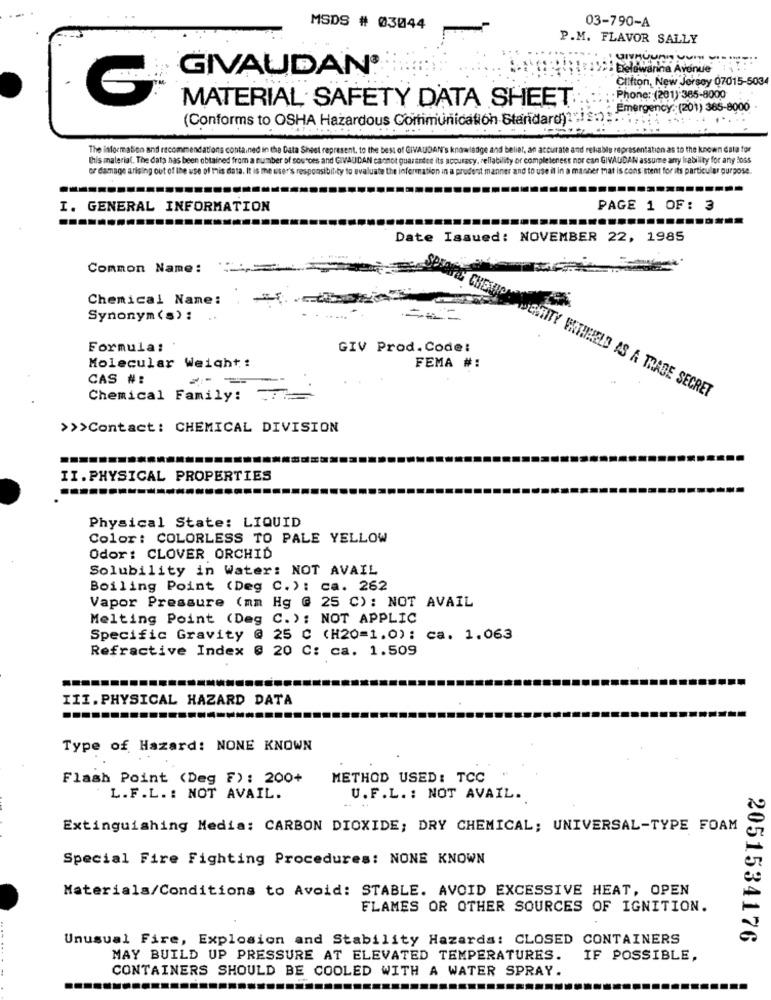
03-790-A
MSDS # 03044
P.M. FLAVOR SALLY
UNHUURTU-
GIVAUDAN®
: Belowarina Avenue
Clifton, New Jersey 07015-5034
Phone: (201) 365-8000
MATERIAL SAFETY DATA SHEET
Emergency: (201) 365-8000
(Conforms to OSHA Hazardous Communication Standard)?".
The information and recommendations contained in the Data Sheet represent. to the best of GIVAUDAN's knowledge and belier, an accurate and reliable representation as to the known data for
this material. The data has been obtained from a number of sources and GIVAUDAN cannot guarantee its accuracy, reliability or completeness nor can GIVAUDAN assume any Irability for any loss
or damage arising out of the use of this data. It is the user's responsibility to evaluate the information in a prudent manner and to use it in a manner mat is consistent for its particular purpose.
I. GENERAL INFORMATION
PAGE 1 OF: 3
Date Issued: NOVEMBER 22, 1985
Common Name:
Chemical Name:
Synonym (s) :
.. ...
Formula:
GIV Prod.Code:
Molecular Weight:
FEMA #:
CAS #:
Chemical Family:
DENTITY WITHHELD AS A TRADE SECRET
>>>Contact: CHEMICAL DIVISION
II.PHYSICAL PROPERTIES
Physical State: LIQUID
Color: COLORLESS TO PALE YELLOW
Odor: CLOVER ORCHID
Solubility in Water: NOT AVAIL
Boiling Point (Deg C.): ca. 262
Vapor Pressure (mm Hg @ 25 C) : NOT AVAIL
Melting Point (Deg C.): NOT APPLIC
Specific Gravity @ 25 C (H20=1.0): ca. 1.063
Refractive Index @ 20 C: ca. 1.509
III. PHYSICAL HAZARD DATA
Type of Hazard: NONE KNOWN
Flash Point (Deg F): 200+
METHOD USED: TCC
L.F.L. : NOT AVAIL.
U.F.L. : NOT AVAIL.
Extinguishing Media: CARBON DIOXIDE; DRY CHEMICAL; UNIVERSAL-TYPE FOAM
Special Fire Fighting Procedures: NONE KNOWN
Materials/Conditions to Avoid: STABLE. AVOID EXCESSIVE HEAT, OPEN
FLAMES OR OTHER SOURCES OF IGNITION.
Unusual Fire, Explosion and Stability Hazards: CLOSED CONTAINERS
2051534176
MAY BUILD UP PRESSURE AT ELEVATED TEMPERATURES.
IF POSSIBLE,
CONTAINERS SHOULD BE COOLED WITH A WATER SPRAY.